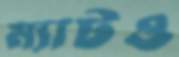
ম্যাটও